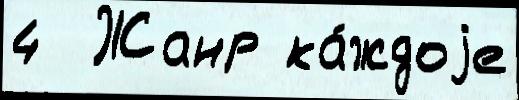
4  Жанр ка́ждоjе